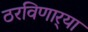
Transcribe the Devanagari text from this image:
ठरविणार्‍या